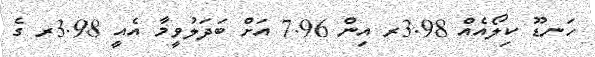
ހަނޑޫ ކިލޯއެއް 3.98ރ އިން 7.96 އަށް ބަދަލުވީމާ އެއީ 3.98ރ ގެ